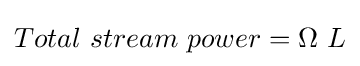
Total\ stream\ power=\Omega \ L